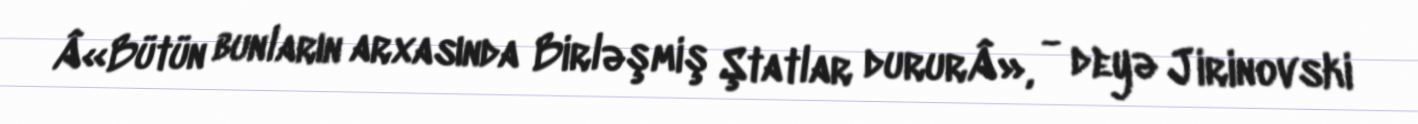
Â«Bütün bunların arxasında Birləşmiş Ştatlar dururÂ», - deyə Jirinovski